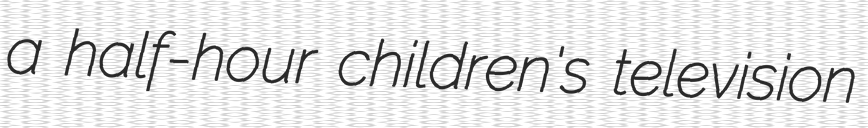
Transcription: a half-hour children's television